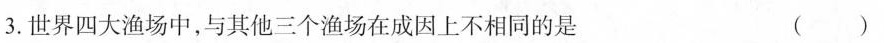
3.世界四大渔场中，与其他三个渔场在成因上不相同的是 ( )